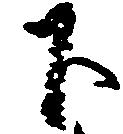
下